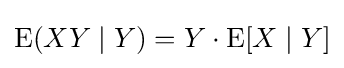
\operatorname {E} (XY\mid Y)=Y\cdot \operatorname {E} [X\mid Y]